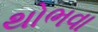
થોભવા